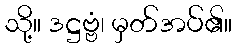
သို့။ ဒဋ္ဌဗ္ဗံ၊ မှတ်အပ်၏။